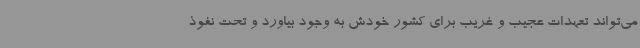
می‌تواند تعهدات عجیب و غریب برای کشور خودش به وجود بیاورد و تحت نفوذ